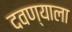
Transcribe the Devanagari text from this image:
दवण्याला